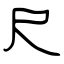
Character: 尺